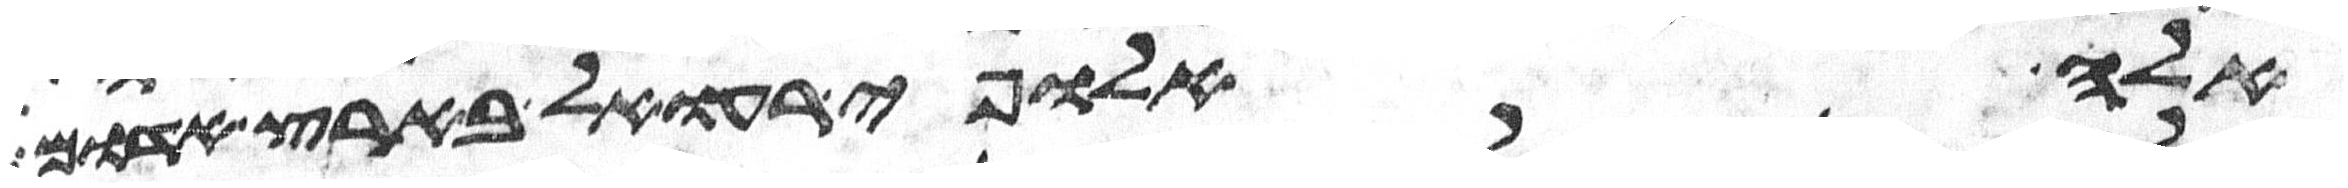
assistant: אלה אלופי רעואל בארץ אדום